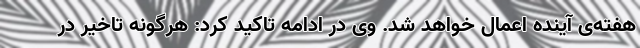
هفته‌ی آینده اعمال خواهد شد. وی در ادامه تاکید کرد: هرگونه تاخیر در